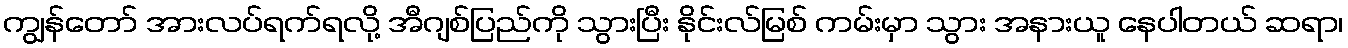
ကျွန်တော် အားလပ်ရက်ရလို့ အီဂျစ်ပြည်ကို သွားပြီး နိုင်းလ်မြစ် ကမ်းမှာ သွား အနားယူ နေပါတယ် ဆရာ၊